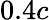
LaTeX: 0.4c